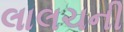
લાલચની